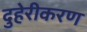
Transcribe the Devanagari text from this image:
दुहेरीकरण